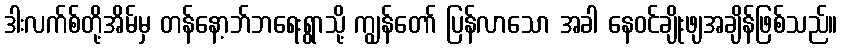
ဒါးလက်စ်တို့အိမ်မှ တန်နော့ဘ်ဘရေးရွာသို့ ကျွန်တော် ပြန်လာသော အခါ နေဝင်ချိုးဖျအချိန်ဖြစ်သည်။